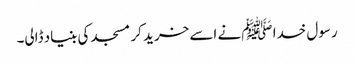
رسول خدا ﷺ نے اسے خرید کر مسجد کی بنیاد ڈالی۔